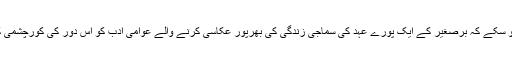
اردو فکشن کی تاریخ کے اس نقصان عظیم کی تلافی شاید ہی ممکن ہو سکے کہ برصغیر کے ایک پورے عہد کی سماجی زندگی کی بھرپور عکاسی کرنے والے عوامی ادب کو اس دور کی کورچشمی کی حد تک مہذب دانشوری نے "پاپولر ادب" کہہ کر ٹاٹ باہر کر دیا۔